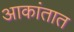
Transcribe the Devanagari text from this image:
आकांतात